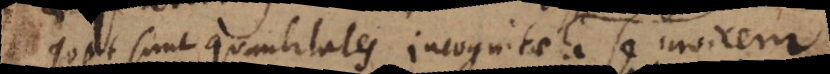
Quot sunt quantitates incognitae a se invicem